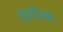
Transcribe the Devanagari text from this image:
नूट्रॉपिक्स